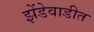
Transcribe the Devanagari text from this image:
झेंडेवाडीत